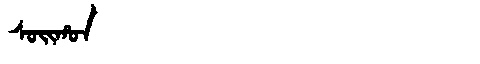
Manchu: ᠰᠣᡳᡥᠣᠨ
Romanization: SOIHON